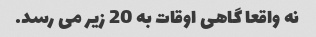
نه واقعا گاهی اوقات به 20 زیر می رسد.